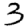
Digit: 3